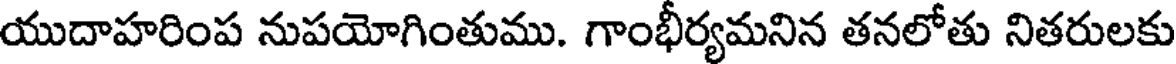
యుదాహరింప నుపయోగింతుము. గాంభీర్యమనిన తనలోతు నితరులకు